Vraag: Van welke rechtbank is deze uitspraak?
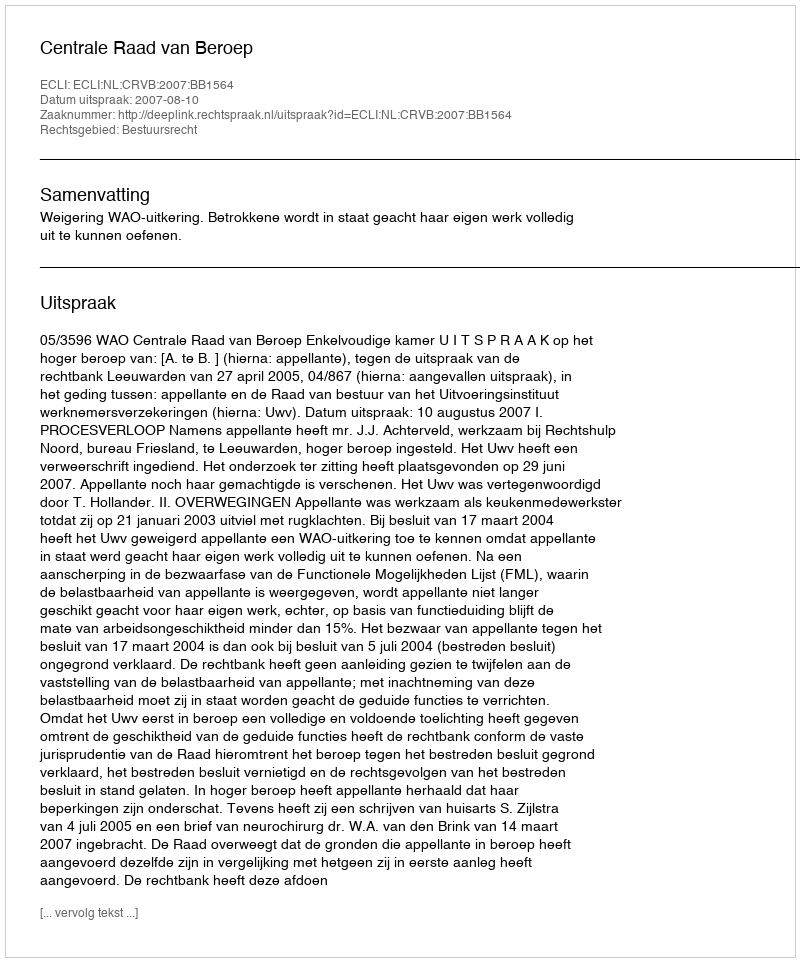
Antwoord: Centrale Raad van Beroep